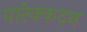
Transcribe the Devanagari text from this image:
पारेक्कदन